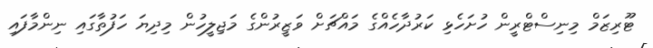
ޓޫރިޒަމް މިނިސްޓްރީން ހުށަހެޅި ކަރުދާހެއްގެ މައްޗަށް ވަޒީރުންގެ މަޖިލީހުން މިދިޔަ ހަފުތާގައި ނިންމާފައި